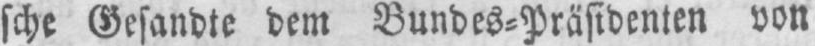
sche Gesandte dem Bundes⸗Präsidenten von